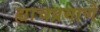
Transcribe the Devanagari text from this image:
ह्याचप्रमाणे